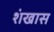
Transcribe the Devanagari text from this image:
शंखास